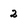
Character: 2